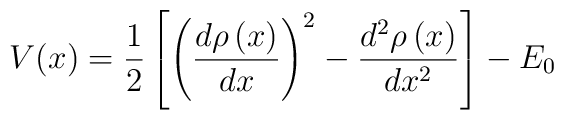
V(x)=\frac 12\left[ \left( \frac{d\rho \left( x\right) }{dx}\right) ^2-\frac{d^2\rho \left( x\right) }{dx^2}\right] -E_0